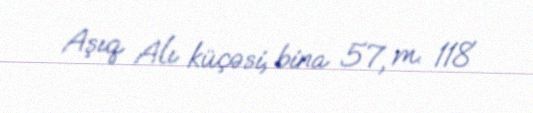
Aşıq Alı küçəsi, bina 57, m. 118